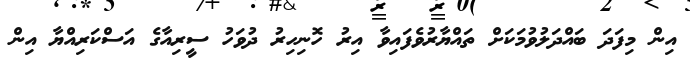
އިން މިފަދަ ބައްދަލުވުމަކަށް ތައްޔާރުވެފައިވާ އިރު ހޮނިހިރު ދުވަހު ސީރިއާގެ އަސްކަރިއްޔާ އިން